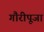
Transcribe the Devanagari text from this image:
गौरीपूजा